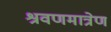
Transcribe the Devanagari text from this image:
श्रवणमात्रेण